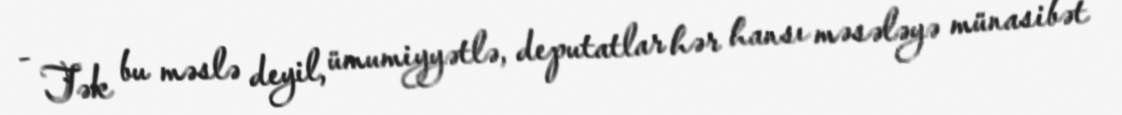
- Tək bu məslə deyil, ümumiyyətlə, deputatlar hər hansı məsələyə münasibət